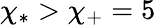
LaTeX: \chi_{*}>\chi_{+}=5